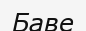
Баве